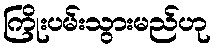
ကြိုးပမ်းသွားမည်ဟု